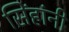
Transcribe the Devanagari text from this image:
सिंहांनी